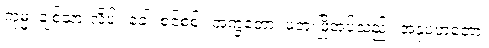
ကုမ္မ၊ ချစ်သားလိပ်။ ခေါ၊ စင်စစ်။ အက္ခတော၊ မတူးဖြိုအပ်သည်။ အနုပဟတော၊